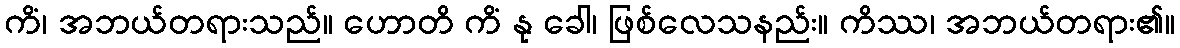
ကိံ၊ အဘယ်တရားသည်။ ဟောတိ ကိံ နု ခေါ၊ ဖြစ်လေသနည်း။ ကိဿ၊ အဘယ်တရား၏။